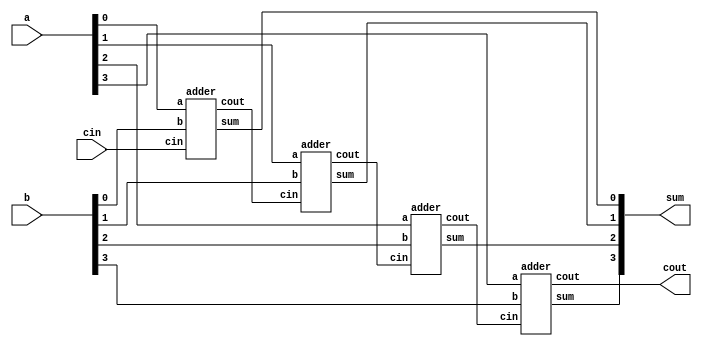
module adder_4bit(input [3:0]a,input [3:0]b,input cin, output [3:0]sum, output cout);
	wire [2:0]c;
	adder a1(a[0],b[0],cin,sum[0],c[0]);
	adder a2(a[1],b[1],c[0],sum[1],c[1]);
	adder a3(a[2],b[2],c[1],sum[2],c[2]);
	adder a4(a[3],b[3],c[2],sum[3],cout);
 
endmodule 
module adder(a,b,cin,sum,cout);
	input a,b,cin;
	output sum,cout;
	wire w1,w2,w3;
	xor(sum,a,b,cin);
	and and1(w1,a,cin);
	and and2(w2,b,cin);
	and and3(w3,a,b);
	or(cout,w1,w2,w3);
endmodule